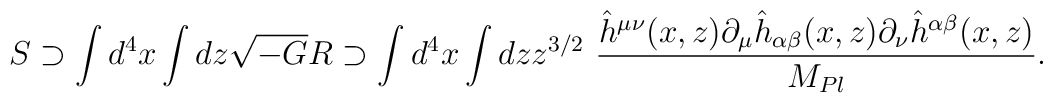
S \supset \int d^4 x \int dz  \sqrt{-G} R \supset\int d^4 x \int dz z^{3/2}~{\hat{h}^{\mu \nu}(x,z) \partial_\mu \hat{h}_{\alpha \beta}(x,z) \partial_\nu \hat{h}^{\alpha \beta}(x,z) \over M_{Pl}}.